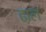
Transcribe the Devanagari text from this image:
ढा़ल